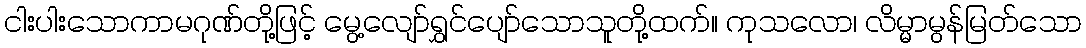
ငါးပါးသောကာမဂုဏ်တို့ဖြင့် မွေ့လျော်ရွှင်ပျော်သောသူတို့ထက်။ ကုသလော၊ လိမ္မာမွန်မြတ်သော